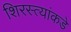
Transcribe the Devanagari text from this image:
शिरस्त्यांकडे